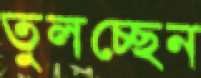
তুলচ্ছেন